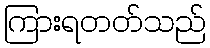
ကြားရတတ်သည်